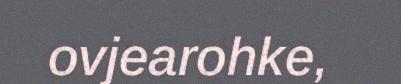
ovjearohke,